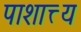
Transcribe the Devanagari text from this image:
पाशात्त्य